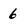
Character: 6